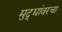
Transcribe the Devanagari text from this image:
मुद्द्यांवरचा